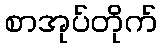
စာအုပ်တိုက်